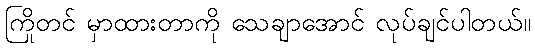
ကြိုတင် မှာထားတာကို သေချာအောင် လုပ်ချင်ပါတယ်။